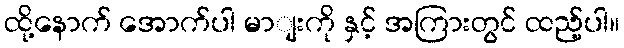
ထို့နောက် အောက်ပါ မာျးကို နှင့် အကြားတွင် ထည့်ပါ။